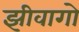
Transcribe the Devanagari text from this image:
झीवागो